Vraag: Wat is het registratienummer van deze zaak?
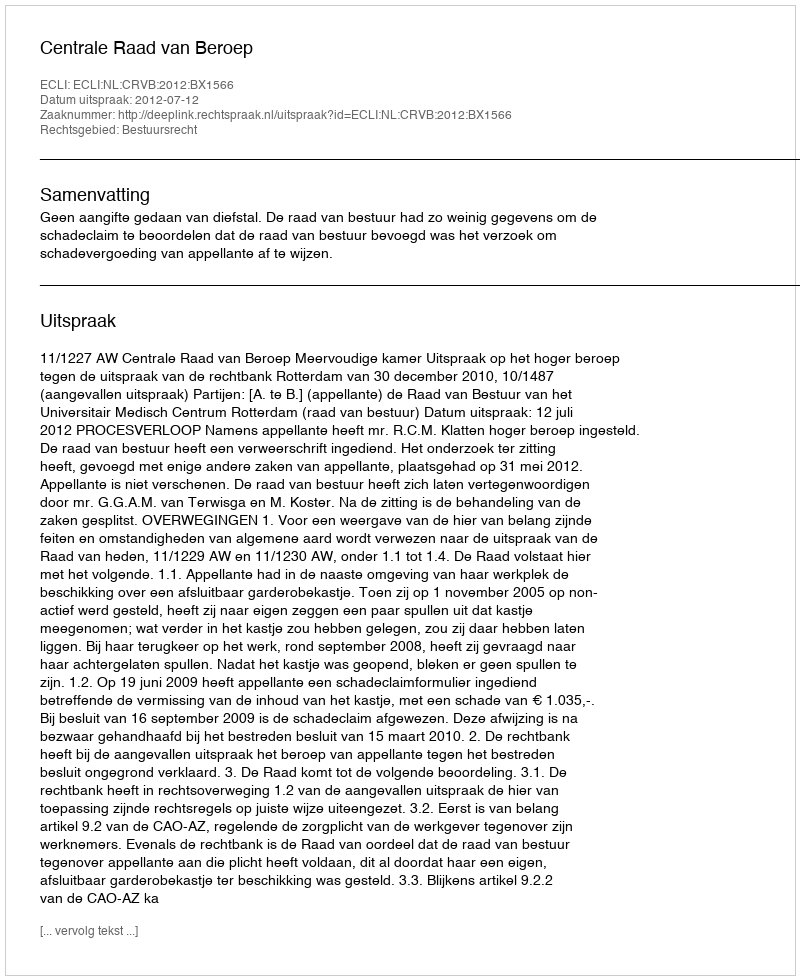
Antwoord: http://deeplink.rechtspraak.nl/uitspraak?id=ECLI:NL:CRVB:2012:BX1566